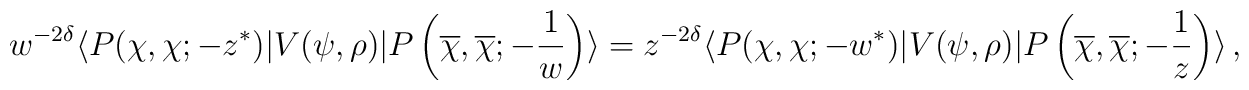
w^{-2\delta}\langle P(\chi,\chi;-z^\ast)|V(\psi,\rho)|P\left(\overline\chi,\overline\chi;-{1\over w}\right)\rangle=z^{-2\delta}\langle P(\chi,\chi;-w^\ast)|V(\psi,\rho)|P\left(\overline\chi,\overline\chi;-{1\over z}\right)\rangle\,,